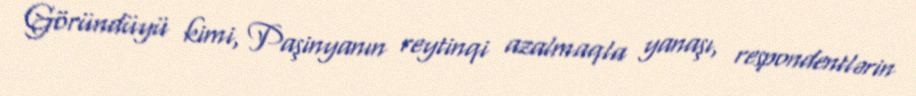
Göründüyü kimi, Paşinyanın reytinqi azalmaqla yanaşı, respondentlərin